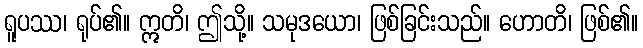
ရူပဿ၊ ရုပ်၏။ ဣတိ၊ ဤသို့။ သမုဒယော၊ ဖြစ်ခြင်းသည်။ ဟောတိ၊ ဖြစ်၏။